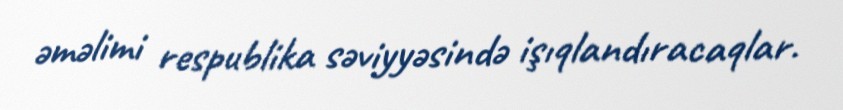
əməlimi respublika səviyyəsində işıqlandıracaqlar.